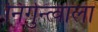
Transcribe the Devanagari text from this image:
निर्गुन्त्वाला